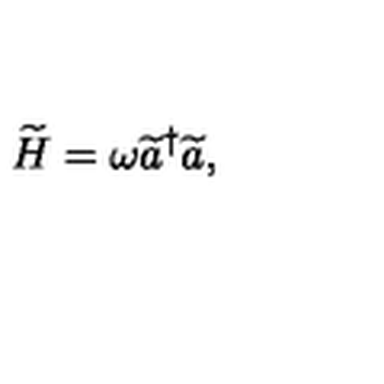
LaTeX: \widetilde { H } = \omega \widetilde { a } ^ { \dagger } \widetilde { a } ,